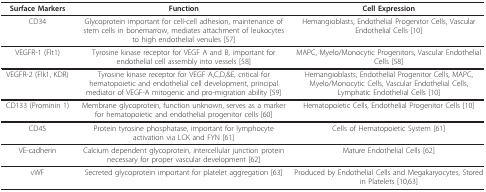
| Surface Markers | Function | Cell Expression |
 | --- | --- | --- |
 | CD34 | Glycoprotein important for cell-cell adhesion, maintenance of stem cells in bonemarrow, mediates attachment of leukocytes to high endothelial venules [57] | Hemangioblasts, Endothelial Progenitor Cells, Vascular Endothelial Cells [10] |
 | VEGFR-1 (Flt1) | Tyrosine kinase receptor for VEGF A and B, important for endothelial cell assembly into vessels [58] | MAPC, Myelo/Monocytic Progenitors, Vascular Endothelial Cells [58] |
 | VEGFR-2 (Flk1, KDR) | Tyrosine kinase receptor for VEGF A,C,D,&E, critical for hematopoietic and endothelial cell development, principal mediator of VEGF-A mitogenic and pro-migration ability [59] | Hemangioblasts, Endothelial Progenitor Cells, MAPC, Myelo/Monocytic Cells, Vascular Endothelial Cells, Lymphatic Endothelial Cells [10] |
 | CD133 (Prominin 1) | Membrane glycoprotein, function unknown, serves as a marker for hematopoietic and endothelial progenitor cells [60] | Hematopoietic Cells, Endothelial Progenitor Cells [10] |
 | CD45 | Protein tyrosine phosphatase, important for lymphocyte activation via LCK and FYN [61] | Cells of Hematopoietic System [61] |
 | VE-cadherin | Calcium dependent glycoprotein, intercellular junction protein necessary for proper vascular development [62] | Mature Endothelial Cells [62] |
 | vWF | Secreted glycoprotein important for platelet aggregation [63] | Produced by Endothelial Cells and Megakaryocytes, Stored in Platelets [10,63] |